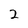
Character: 2